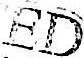
ED